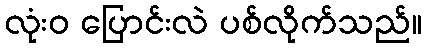
လုံးဝ ပြောင်းလဲ ပစ်လိုက်သည်။